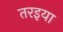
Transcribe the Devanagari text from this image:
तरइया